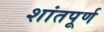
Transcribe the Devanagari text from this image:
शांतपूर्ण